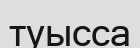
туысса